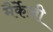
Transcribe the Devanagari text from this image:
मैर्केज़ी